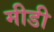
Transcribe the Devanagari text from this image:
मीडी